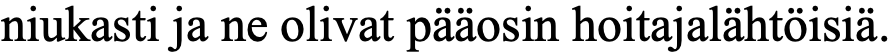
niukasti ja ne olivat pääosin hoitajalähtöisiä.